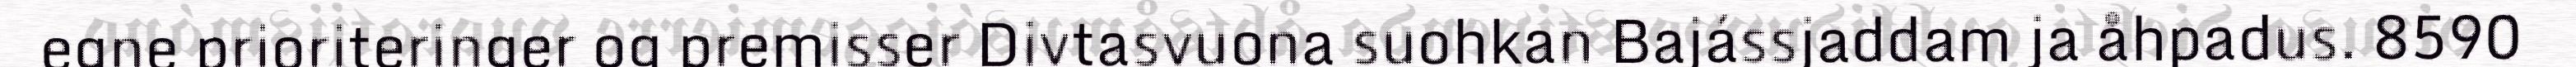
egne prioriteringer og premisser Divtasvuona suohkan Bajássjaddam ja åhpadus. 8590